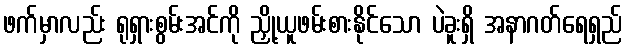
ဖက်မှာလည်း ရုရှားစွမ်းအင်ကို ညှို့ယူဖမ်းစားနိုင်သော ပဲခူးရှိ အနာဂတ်ရေရှည်